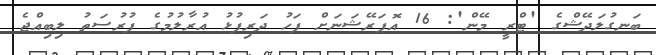
ބަނގުލަދޭޝްގެ 'ޓްރީ މޭން': 16 އޮޕަރޭޝަނަށް ފަހު ދަރިފުޅު އުރާލުމުގެ ފުރުސަތު ލިބިއްޖެ